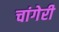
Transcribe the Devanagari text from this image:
चांगेरी